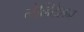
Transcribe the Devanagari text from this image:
लेव्हिटेशन